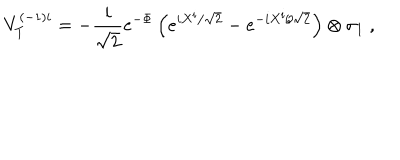
LaTeX: V _ { T } ^ { ( - 1 ) i } = - \frac { i } { \sqrt { 2 } } e ^ { - \Phi } \left( e ^ { i X ^ { i } / \sqrt { 2 } } - e ^ { - i X ^ { i } / \sqrt { 2 } } \right) \otimes \sigma _ { 1 } \ ,